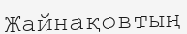
Жайнақовтың